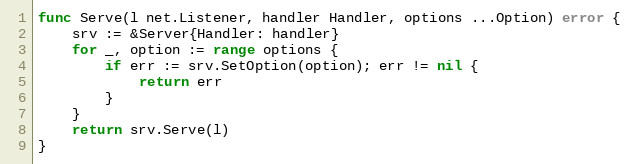
Language: Go
func Serve(l net.Listener, handler Handler, options ...Option) error {
	srv := &Server{Handler: handler}
	for _, option := range options {
		if err := srv.SetOption(option); err != nil {
			return err
		}
	}
	return srv.Serve(l)
}